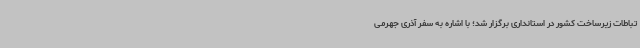
تباطات زیرساخت کشور در استانداری برگزار شد؛ با اشاره به سفر آذری جهرمی